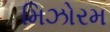
મિઝોરમ